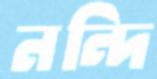
নন্দি